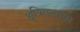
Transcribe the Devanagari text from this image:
क्षत्रियत्वाचा